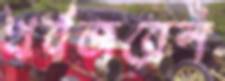
থর্বজরেন